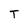
Character: T